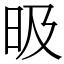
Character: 昅